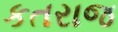
કતરાજ